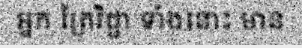
អ្នក ត្រៃវិជ្ជា ទាំងនោះ មាន